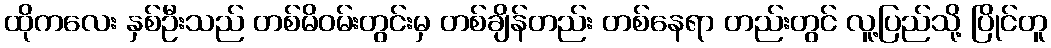
ထိုကလေး နှစ်ဦးသည် တစ်မိဝမ်းတွင်းမှ တစ်ချိန်တည်း တစ်နေရာ တည်းတွင် လူ့ပြည်သို့ ပြိုင်တူ